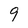
Character: 9